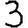
Digit: 3